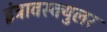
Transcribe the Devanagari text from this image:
इंट्रावस्क्युलर